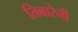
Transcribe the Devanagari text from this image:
तिबारेनी